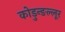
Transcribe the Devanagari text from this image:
कोडुन्ङल्लूर